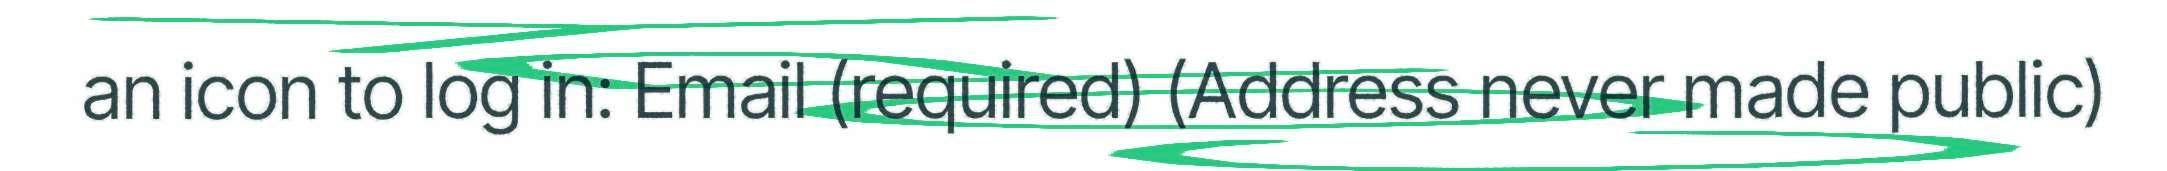
an icon to log in: Email (required) (Address never made public)